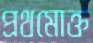
প্রথমোক্ত